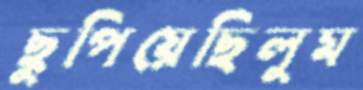
ছুপিয়েছিলুম